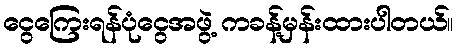
ငွေကြေးရန်ပုံငွေအဖွဲ့ ကခန့်မှန်းထားပါတယ်။